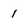
Character: i